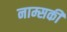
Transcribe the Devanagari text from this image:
नाम्सकी